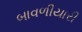
બાવળીયારી